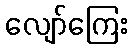
လျော်ကြေး